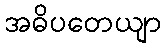
အဓိပတေယျာ